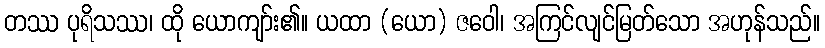
တဿ ပုရိသဿ၊ ထို ယောကျာ်း၏။ ယထာ (ယော) ဇဝေါ၊ အကြင်လျင်မြတ်သော အဟုန်သည်။